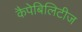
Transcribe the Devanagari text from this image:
कैपेबिलिटीज